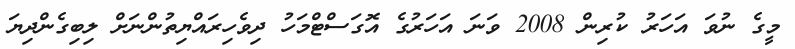
މީގެ ނުވަ އަހަރު ކުރިން 2008 ވަނަ އަހަރުގެ އޮގަސްޓްމަހު ދިވެހިރައްޔިތުންނަށް ލިބިގެންދިޔަ